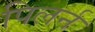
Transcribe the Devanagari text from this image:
पिलर्न